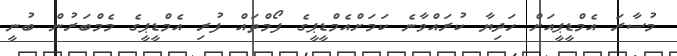
މުސާރަ އެމްޑީޕީއަށް ހަދިޔާ ކުރައްވާނެ ކަމަށްއެމްޑީޕީގެ ފޯމްތައް ފުރި އެމްޑީޕީގެ މެމްބަރުން ބުނީ